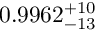
0 . 9 9 6 2 _ { - 1 3 } ^ { + 1 0 }